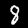
Digit: 8